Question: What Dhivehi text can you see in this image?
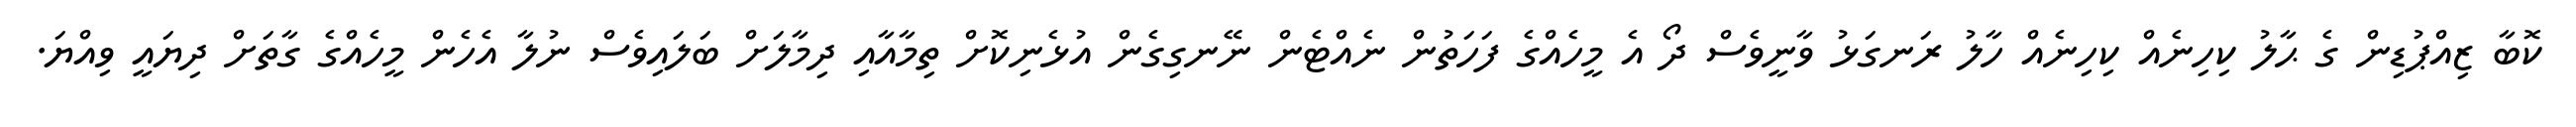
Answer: ކޮބާ ޒިއްޕުޑިން ގެ ޙާލު ކިހިނެއް ކިހިނެއް ހާލު ރަނގަޅު ވާނީވެސް ދޯ އެ މީހެއްގެ ފަހަތުން ނެއްޓެން ނޭނގިގެން އުޅެނިކޮށް ތިމާއާއި ދިމާލަށް ބަލައިވެސް ނުލާ އެހެން މީހެއްގެ ގާތަށް ދިޔައީ ވިއްޔަ.